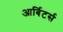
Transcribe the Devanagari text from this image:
आर्बिटर्स